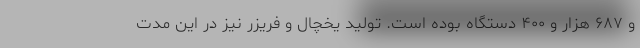
و ۶۸۷ هزار و ۴۰۰ دستگاه بوده است. تولید یخچال و فریزر نیز در این مدت